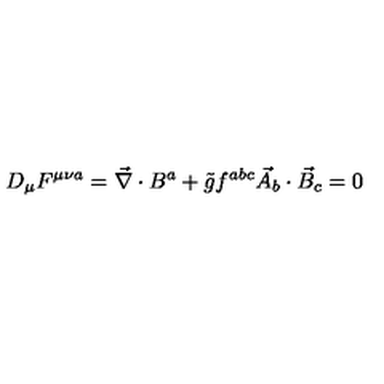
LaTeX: D _ { \mu } F ^ { \mu \nu a } = \vec { \nabla } \cdot B ^ { a } + \tilde { g } f ^ { a b c } \vec { A } _ { b } \cdot \vec { B } _ { c } = 0